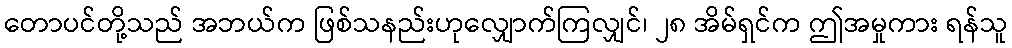
တောပင်တို့သည် အဘယ်က ဖြစ်သနည်းဟုလျှောက်ကြလျှင်၊ ၂၈ အိမ်ရှင်က ဤအမှုကား ရန်သူ